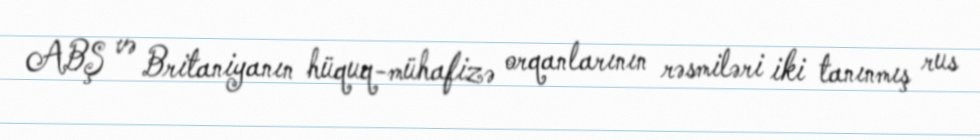
ABŞ və Britaniyanın hüquq-mühafizə orqanlarının rəsmiləri iki tanınmış rus